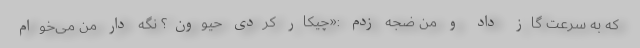
که به سرعت گاز داد و من ضجه زدم :«چیکار کردی حیوون؟ نگه دار من می‌خوام